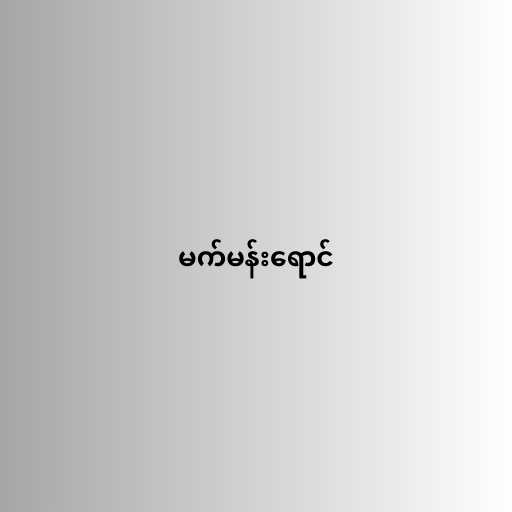
မက်မန်းရောင်